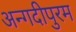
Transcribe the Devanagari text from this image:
अन्गदीपुरम